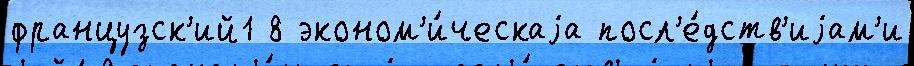
французск'ий1 8 эконом'и́ческаjа посл'е́дств'иjам'и